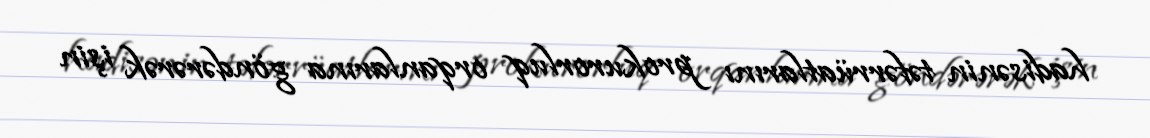
hadisənin təfərrüatlarını prokurorluq orqanlarına göndərərək işin